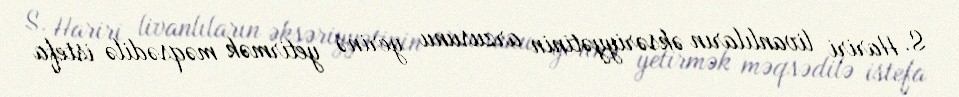
S. Hariri livanlıların əksəriyyətinin arzusunu yerinə yetirmək məqsədilə istefa